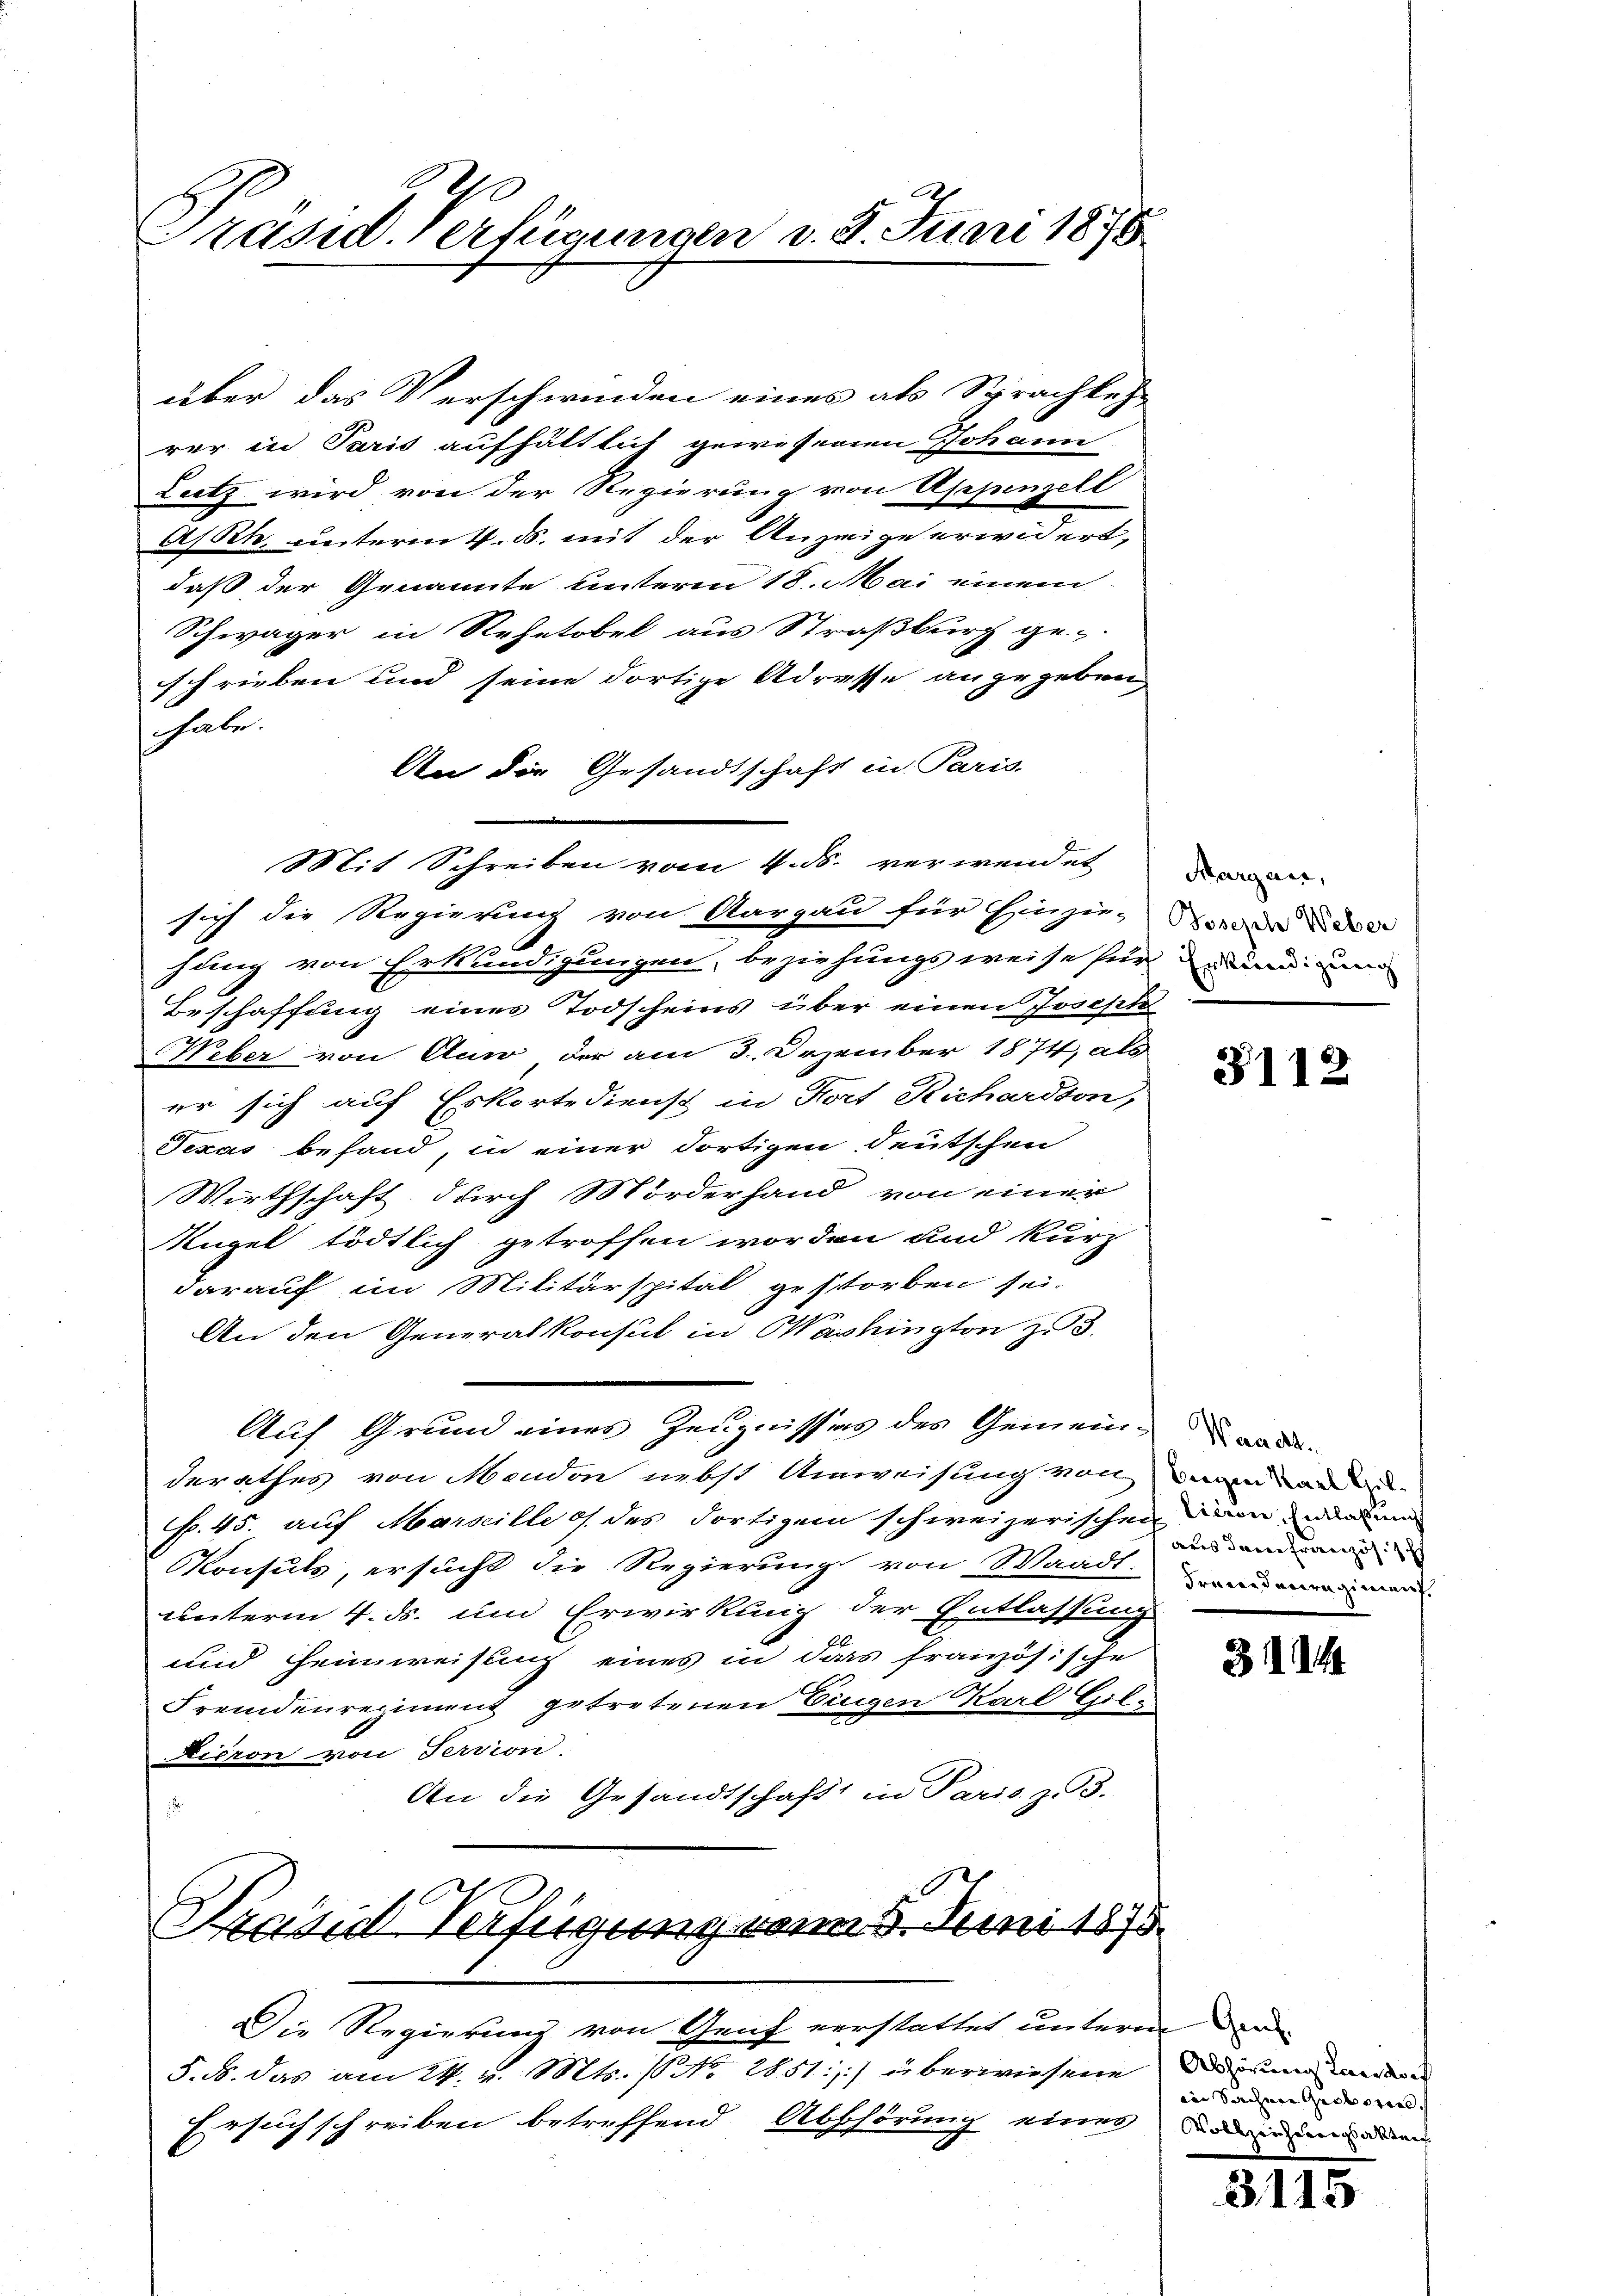
e
Gräsid. Verfügungen v. 8. Juni 1876

über das Verschwinden eines als Sprachkeh-
rer in Paris aufhältlich gewesenen Johann
Leetz wird von der Regierung von Appenzell
A/Rh. unterm 4. ds. mit der Anzeige erwidert,
daß der Genannte unteren 18. Mai einem
Schwäger in Rehetobel aus Straßburg ge-
schrieben und seine dortige Adresse angegeben,
habe.
An die Gesandtschaft in Paris
Mit Schreiben vom 4. ds. verwendet
sich die Regierung von Aargau für Einzu-
hung von Erkundigungen, beziehungsweise für dicum
Beschaffung eines Todscheins über einen Josephi
Weber von Auw, der am 3. Dezember 1874, als
er sich auf Eskortedienst in Hort Richardson,
Texas befand, in einer dortigen deutschen
Wirthschaft durch Morderhand von einer
Kugel tödtlich getroffen worden und kurz
darauf im Militärspital gestorben sei.
An den Generalkonsul in Washington zu 3.
Auf Grund eines Zeugnisses des Gemein-
derathes von Mendon nebst Anweisung von
Fr. 45. auf Marseille d. des dortigem schweizerischen dann und
Konsuls, ersucht die Regierung von Waadt.
unterm 4. ds. um Erwirkung der Entlassung.
und Heimweisung eines in dass französische
Fremdenregiment getretenen Eingen Karl Gil¬
Hieron von Servion.
An die Gesandtschaft in Parisz 3.
.

Pravid Verfügung vom 5. Juni 1875.

Die Regierung von Genf verstattet unterm der
5. d. das am 24. v. Mts. ( No 2851:) überwiesene
such schreiben betreffend Abschörung eines darin den

Margau,
Joseph Weber

3112

biegen Karl Hildass davon Französ.
Fremdenregiment

314

Abhörung Landorf
in Sachen Grossen

3115